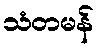
သံတမန်